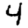
Digit: 4